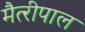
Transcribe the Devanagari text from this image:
मैत्‍रीपाल